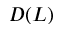
D ( L )